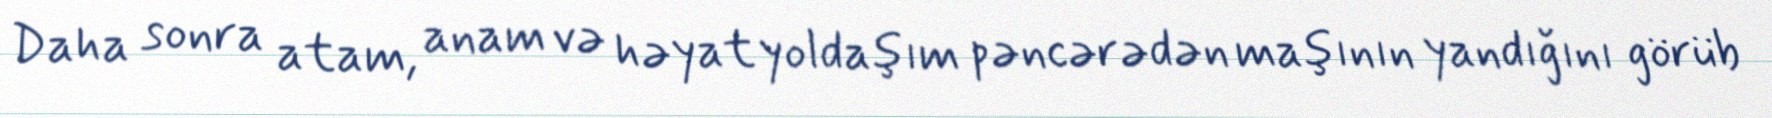
Daha sonra atam, anam və həyat yoldaşım pəncərədən maşının yandığını görüb